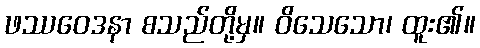
ဖဿဝေဒနာ စသည်တို့မှ။ ဝိသေသော၊ ထူး၏။